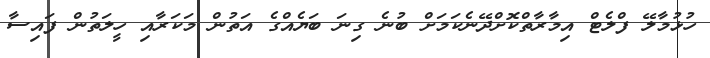
ހުޅުމާލޭ ފްލެޓް އިމާރާތްކޮށްދޭނެކަމަށް ބުނެ ގިނަ ބަޔެއްގެ އަތުން މަކަރާއި ހީލަތުން ފައިސާ